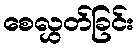
စေလွှတ်ခြင်း